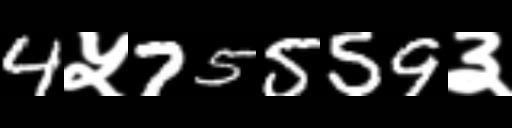
Text: 4५75559३